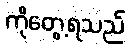
ကိုတွေ့ရသည်